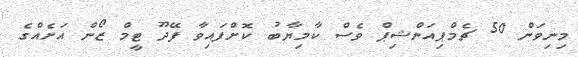
މިނިވަން 50 ޗެމްޕިއަންޝިޕް ވެސް ކާމިޔާބު ކޮށްފައިވާ ފޭދޫ ޓީމް ޒޯން އަށެއްގެ